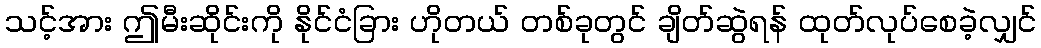
သင့်အား ဤမီးဆိုင်းကို နိုင်ငံခြား ဟိုတယ် တစ်ခုတွင် ချိတ်ဆွဲရန် ထုတ်လုပ်စေခဲ့လျှင်